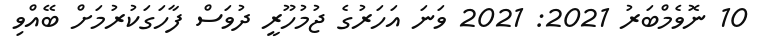
10 ނޮވެމްބަރު 2021: 2021 ވަނަ އަހަރުގެ ޖުމުހޫރީ ދުވަސް ފާހަގަކުރުމަށް ބޭއްވި